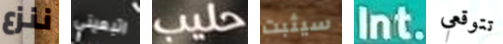
ننزع اتبعيني حليب سيثبت Int. تتوقعي